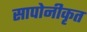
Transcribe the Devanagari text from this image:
सापोनीकृत